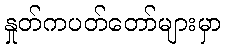
နှုတ်ကပတ်တော်များမှာ